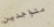
متواجدين